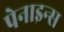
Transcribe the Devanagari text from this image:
पेनाइन्स